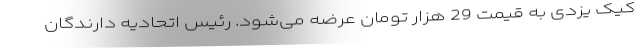
کیک یزدی به قیمت 29 هزار تومان عرضه می‌شود. رئیس اتحادیه دارندگان